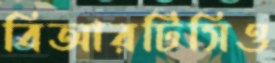
বিআরটিসিও